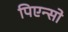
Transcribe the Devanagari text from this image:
पिएन्सो